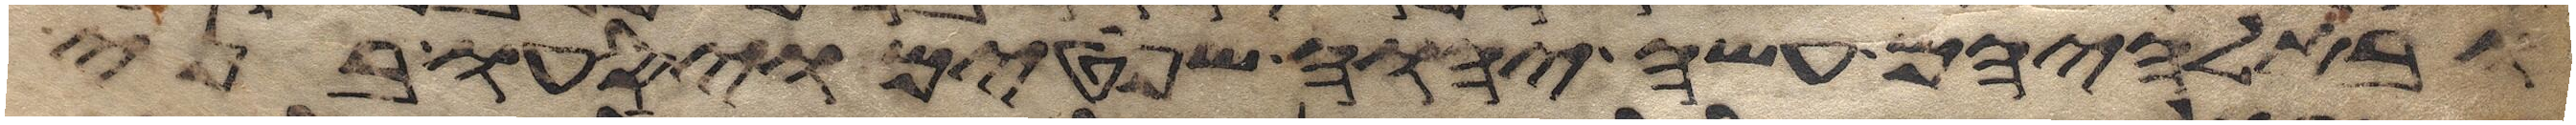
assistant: ובאלהיהם עשה יהוה שפטים ויסעו בני